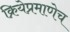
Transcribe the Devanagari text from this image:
क्रियेप्रमाणेच